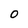
Character: O